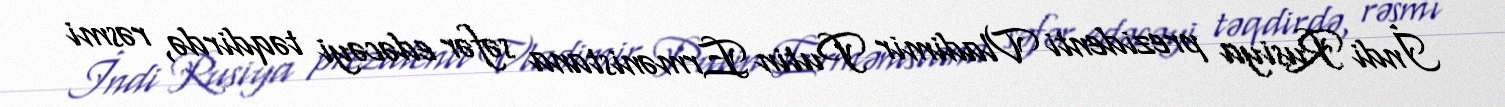
İndi Rusiya prezidenti Vladimir Putin Ermənistana səfər edəcəyi təqdirdə, rəsmi